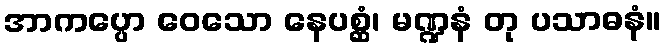
အာကပ္ပော ဝေသော နေပစ္ဆံ၊ မဏ္ဍနံ တု ပသာဓနံ။